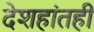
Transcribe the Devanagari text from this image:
देशहांतही